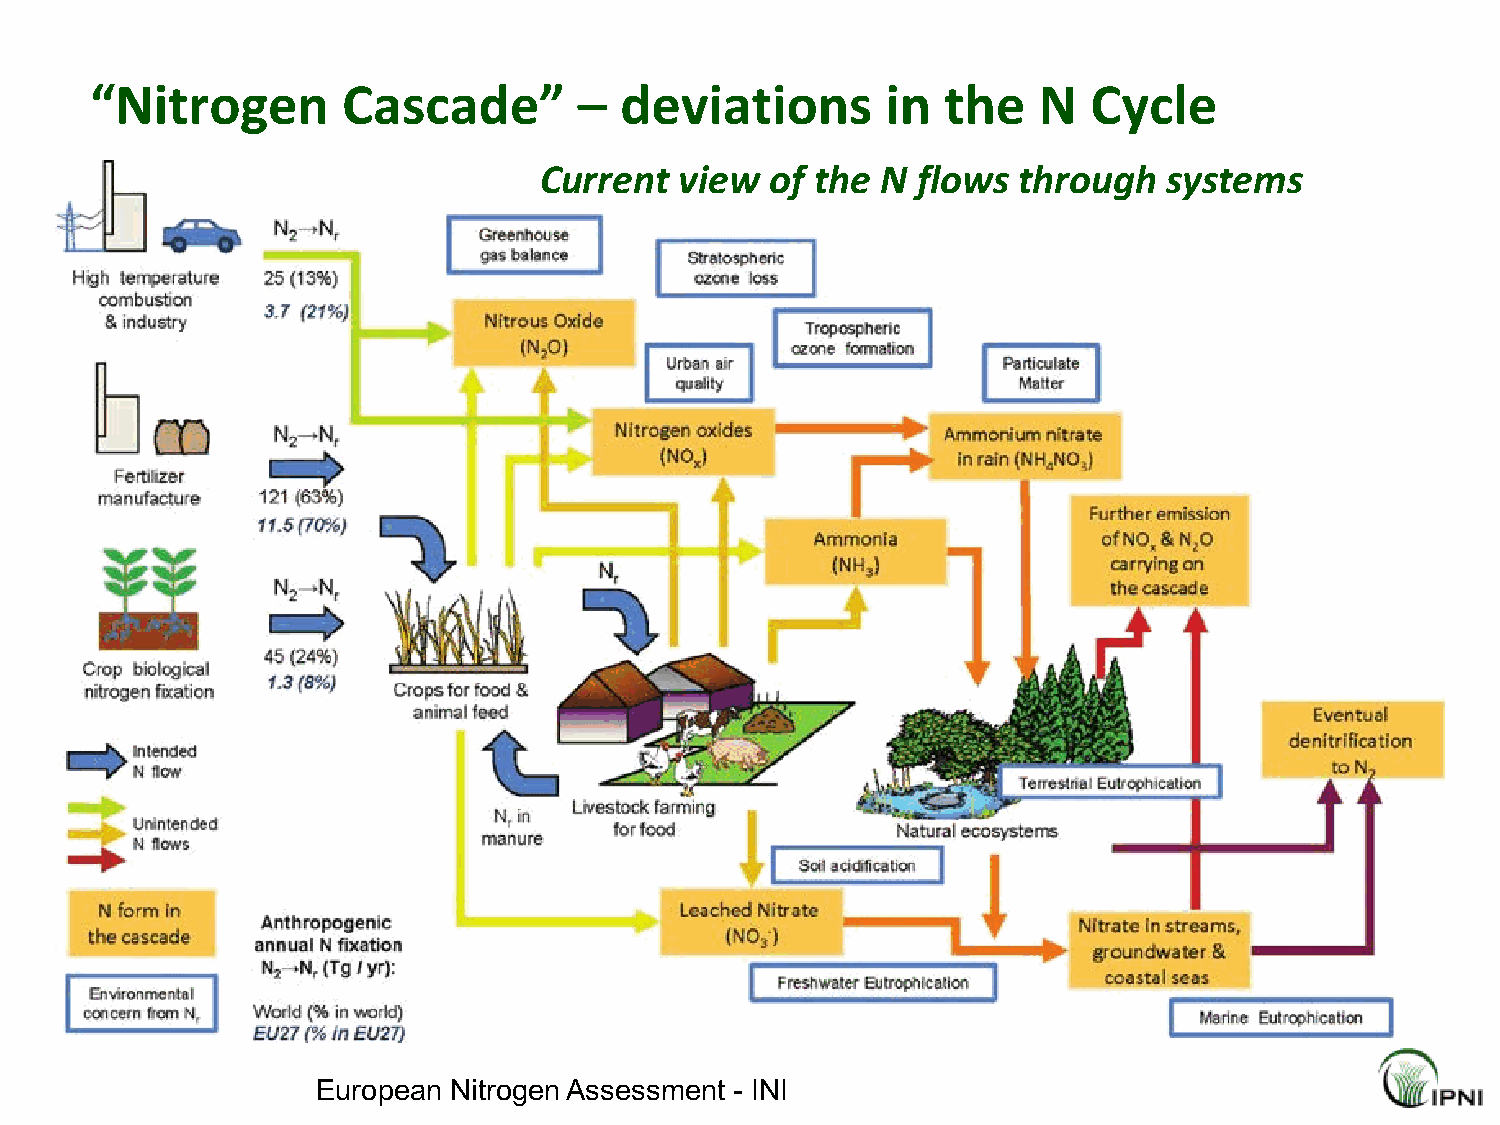
“Nitrogen        Cascade”       –  deviations        in  the   N  Cycle
 Current  view  of the N  flows through   systems
 European Nitrogen Assessment - INI